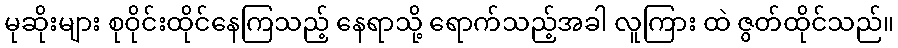
မုဆိုးများ စုဝိုင်းထိုင်နေကြသည့် နေရာသို့ ရောက်သည့်အခါ လူကြား ထဲ ဇွတ်ထိုင်သည်။